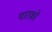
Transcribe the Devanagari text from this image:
यारको